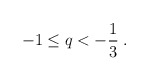
\begin{align*}- 1 \le q < - \frac{1}{3} \; .\end{align*}